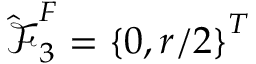
\boldsymbol { \hat { \mathcal { F } } } _ { 3 } ^ { F } = \left\{ 0 , r / 2 \right\} ^ { T }